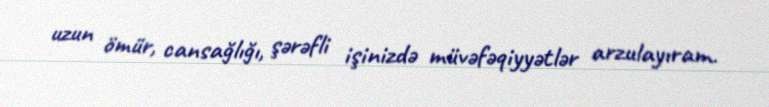
uzun ömür, cansağlığı, şərəfli işinizdə müvəfəqiyyətlər arzulayıram.